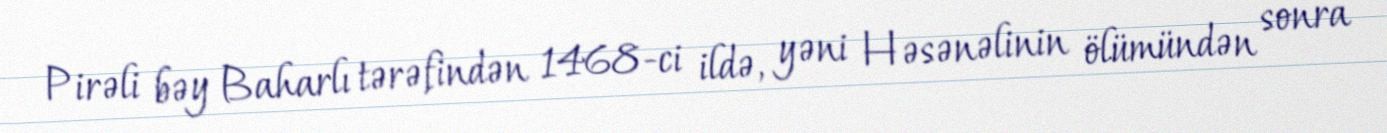
Pirəli bəy Baharlı tərəfindən 1468-ci ildə, yəni Həsənəlinin ölümündən sonra